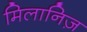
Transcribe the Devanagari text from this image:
मिलानिज़